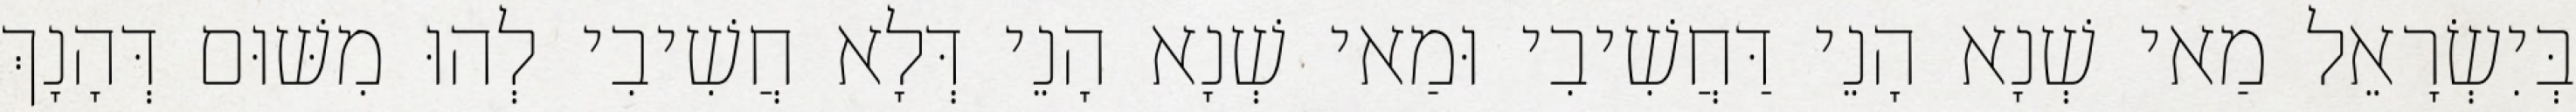
בְּיִשְׂרָאֵל מַאי שְׁנָא הָנֵי דַּחֲשִׁיבִי וּמַאי שְׁנָא הָנֵי דְּלָא חֲשִׁיבִי לְהוּ מִשּׁוּם דְּהָנָךְ